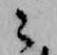
々